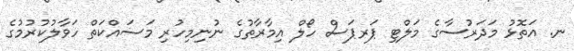
ނ. އަތޮޅު މަދަރުސާގެ މަލްޓި ޕަރޕަސް ހޯލް އިމާރާތުގެ ނުނިމިހުރި މަސައްކަތް ހަވާލުކުރުމުގެ